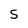
Character: 5